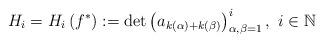
LaTeX: \begin{align*}H_{i}=H_{i}\left( f^{\ast }\right) :=\det \left( a_{k\left( \alpha \right)+k(\beta) }\right) _{\alpha ,\beta =1}^{i},\ i\in \mathbb{N} \end{align*}